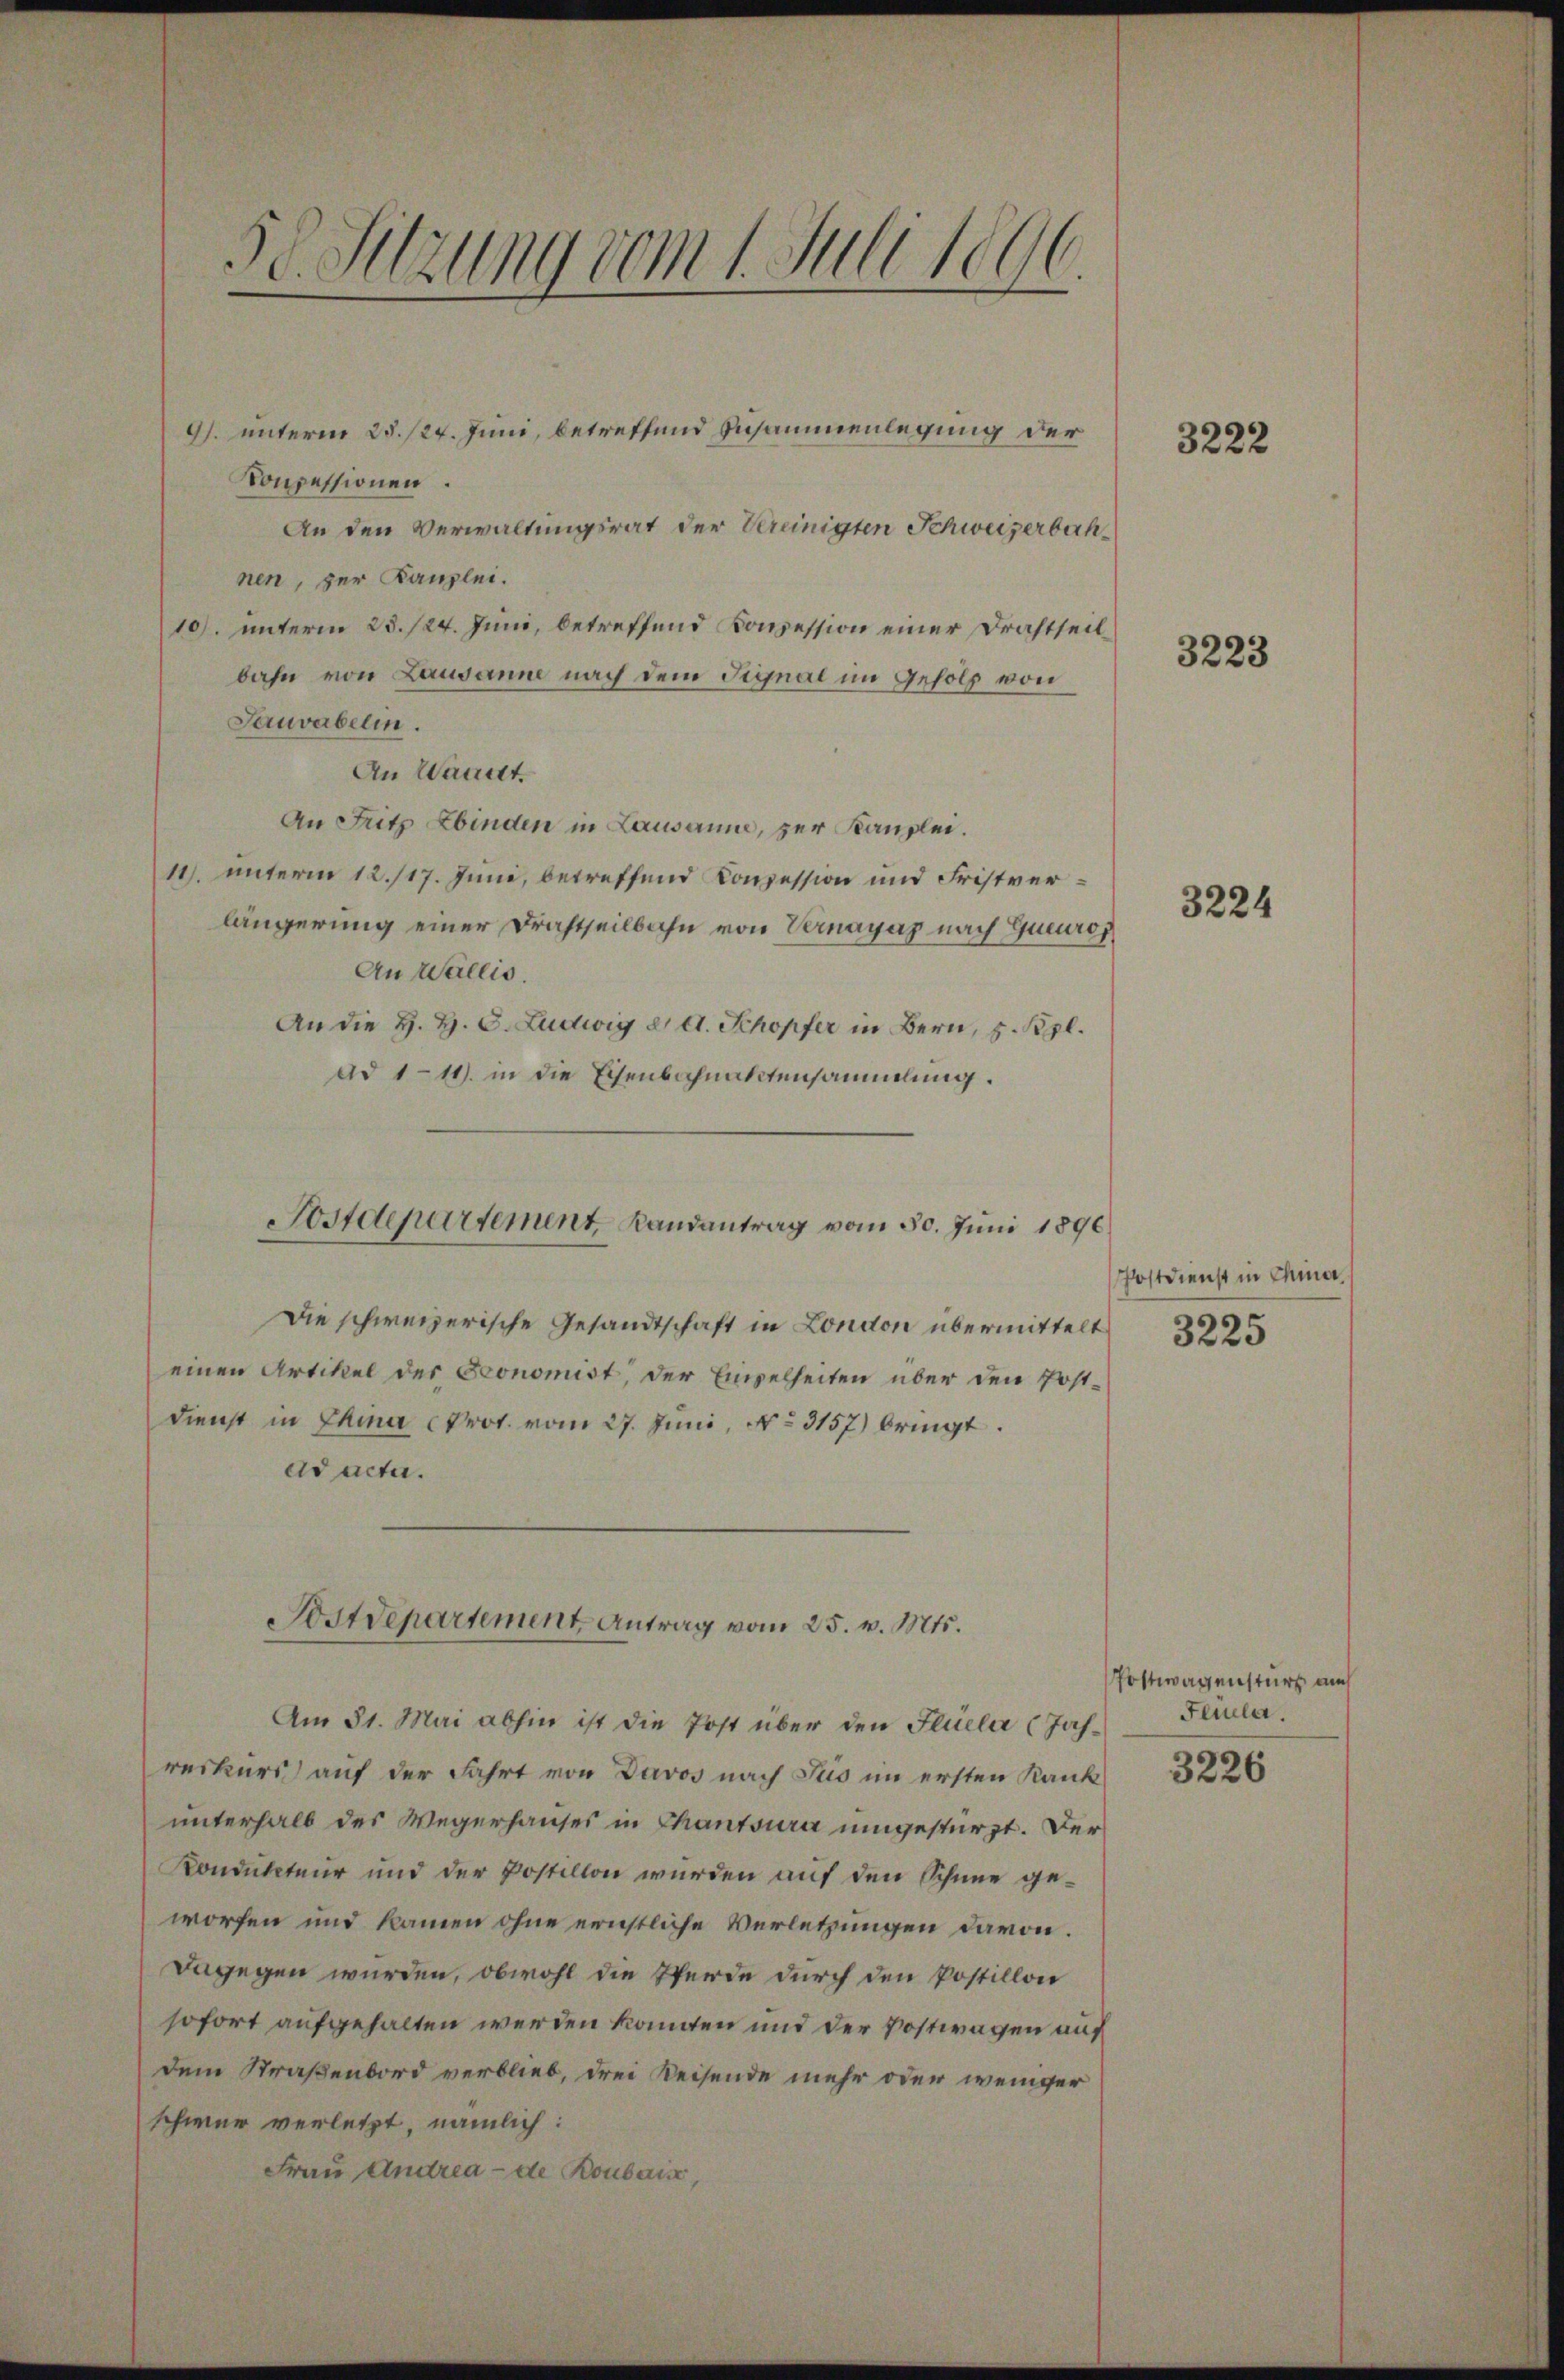
5e Sitzung vom 1. Juli 1896.

Konzessionen.
An den Verwaltungsrat der Vereinigten Schweizerbachnen, zur Kanzlei.
10. unterm 28./24. Juni, betreffend Konzession einer Drahtheilbahn von Lausanne nach dem Signal im Geholz von
Sauvabelin.
An Waadt.
An Fritz Ebinden in Lausanne, zur Kanzlei.
11. unterm 12./17. Juni, betreffend Konzession und Fristverlängerung einer Drahtheilbahn von Vernayaz nach Queurop
An Wallis.
An die H. H. C. Ludwig u. A. Schopfer in Bern, z. Rpl.
ad 111. in die Eisenbahnaktensammlung.
Postdepartement Landantrag vom 30. Juni 1896.
Die schweizerische Gesandtschaft in London übermittelt
einen Artikel der Sconomist, der Einzelheiten über den Post-
Dienst in China Prot. vom 27. Juni, No 3157) bringt.
dd acta.

9). unterm 23./24. Juni, betreffend Zusammenlegung der

Am 31. Mai abhin ist die Post über den Flüela (Jahreskurs auf der Fahrt von Davos nach Jus im ersten Rank
unterhalb des Wegerhauses in Chantsura umgestürzt. Der
Kondukteur und der Postillon wurden auf den Schine geworfen und kamen ohne ernstliche Verletzungen davon.
Dagegen wurden, obwohl die Pferde durch den Postillon
sofort aufgehalten werden könnten und der Postwagen auf
dem Straßenbord verblieb, drei Reisende mehr oder weniger
schwer verletzt, nämlich:
Frau Andrea - de Boubais,

Sostdepartement Antrag vom 25. v. Mts.

3222

3223

3224

Postdienst in China

3225

Postwagensturz auch
Ferula.

3226